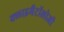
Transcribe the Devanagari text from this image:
क्लाइमैटॉलोजी